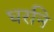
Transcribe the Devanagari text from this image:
घरनि